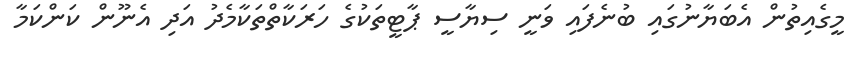
މީގެއިތުން އެބަޔާނުގައި ބުނެފައި ވަނީ ސިޔާސީ ޕާޓީތަކުގެ ހަރަކާތްތަކާމެދު އަދި އެނޫން ކަންކަމާ